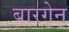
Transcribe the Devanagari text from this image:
बारगेन